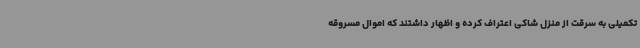
تکمیلی به سرقت از منزل شاکی اعتراف کرده و اظهار داشتند که اموال مسروقه